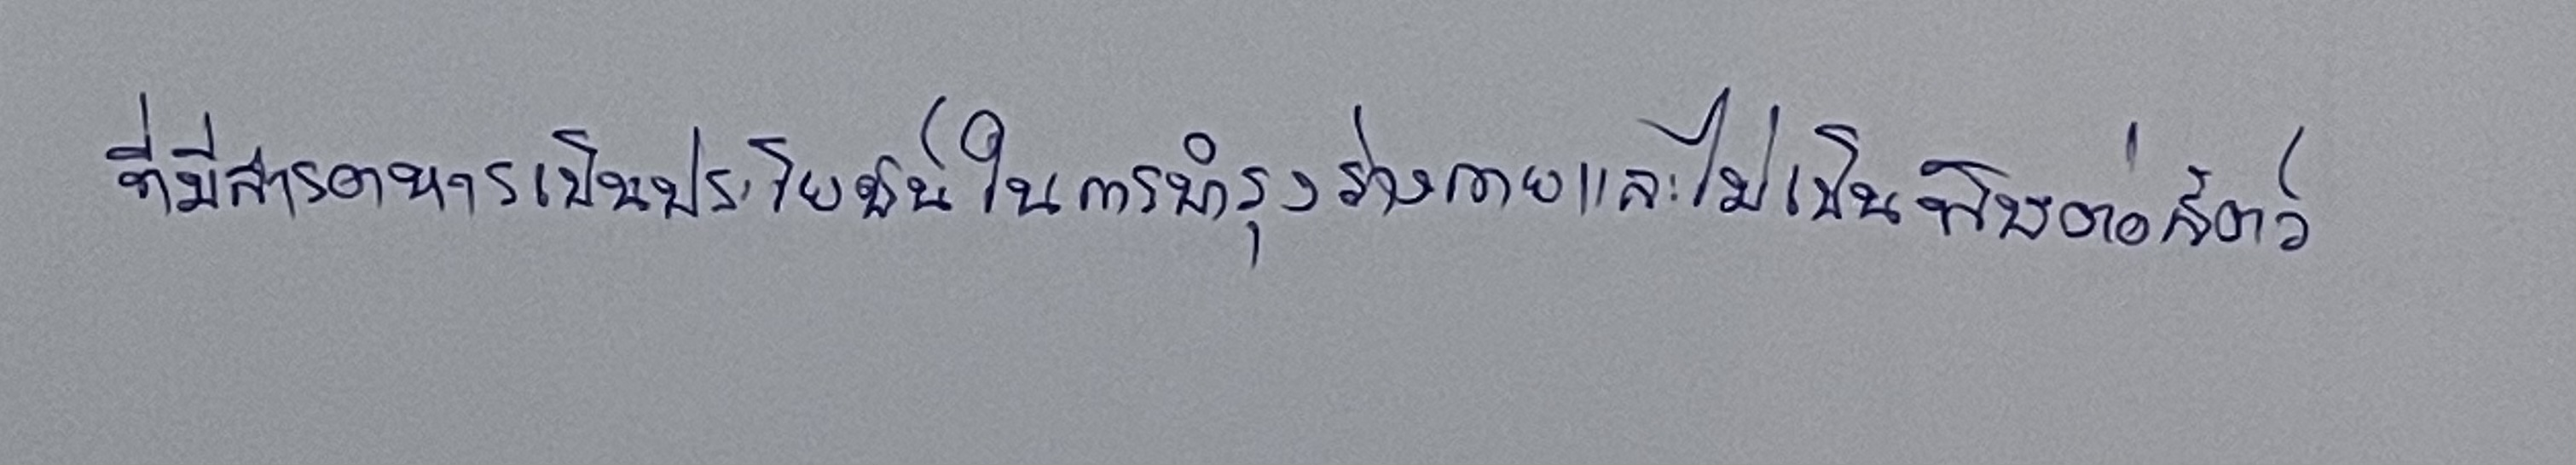
ที่มีสารอาหารเป็นประโยชน์ในการบำรุงร่างกายและไม่เป็นพิษต่อสัตว์